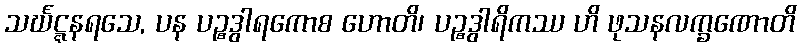
သင်္ဃဋ္ဋနရသေ, ပန ပဉ္စဒွါရကောစ ဟောတိ၊ ပဉ္စဒွါရိကဿ ဟိ ဖုသနလက္ခဏောတိ